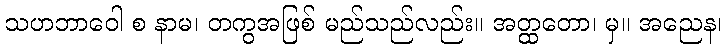
သဟဘာဝေါ စ နာမ၊ တကွအဖြစ် မည်သည်လည်း။ အတ္ထတော၊ မှ။ အညေန၊